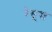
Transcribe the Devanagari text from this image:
येसूस